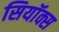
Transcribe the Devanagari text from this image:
सियॉक्स